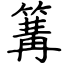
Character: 篝